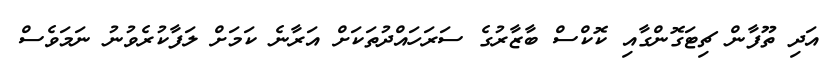
އަދި ތޫފާން ޗިޓަގޮންގާއި ކޮކްސް ބާޒާރުގެ ސަރަހައްދުތަކަށް އަރާނެ ކަމަށް ލަފާކުރެވުނު ނަމަވެސް